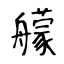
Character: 艨